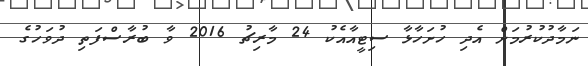
ނަމާދުކުރުމަށް އެދި ހުށަހާޅާ ސިޓީއާއެކު 24 މާރިޗު 2016 ވާ ބުރާސްފަތި ދުވަހުގެ